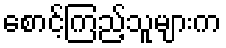
စောင့်ကြည့်သူများက